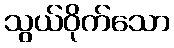
သွယ်ဝိုက်သော